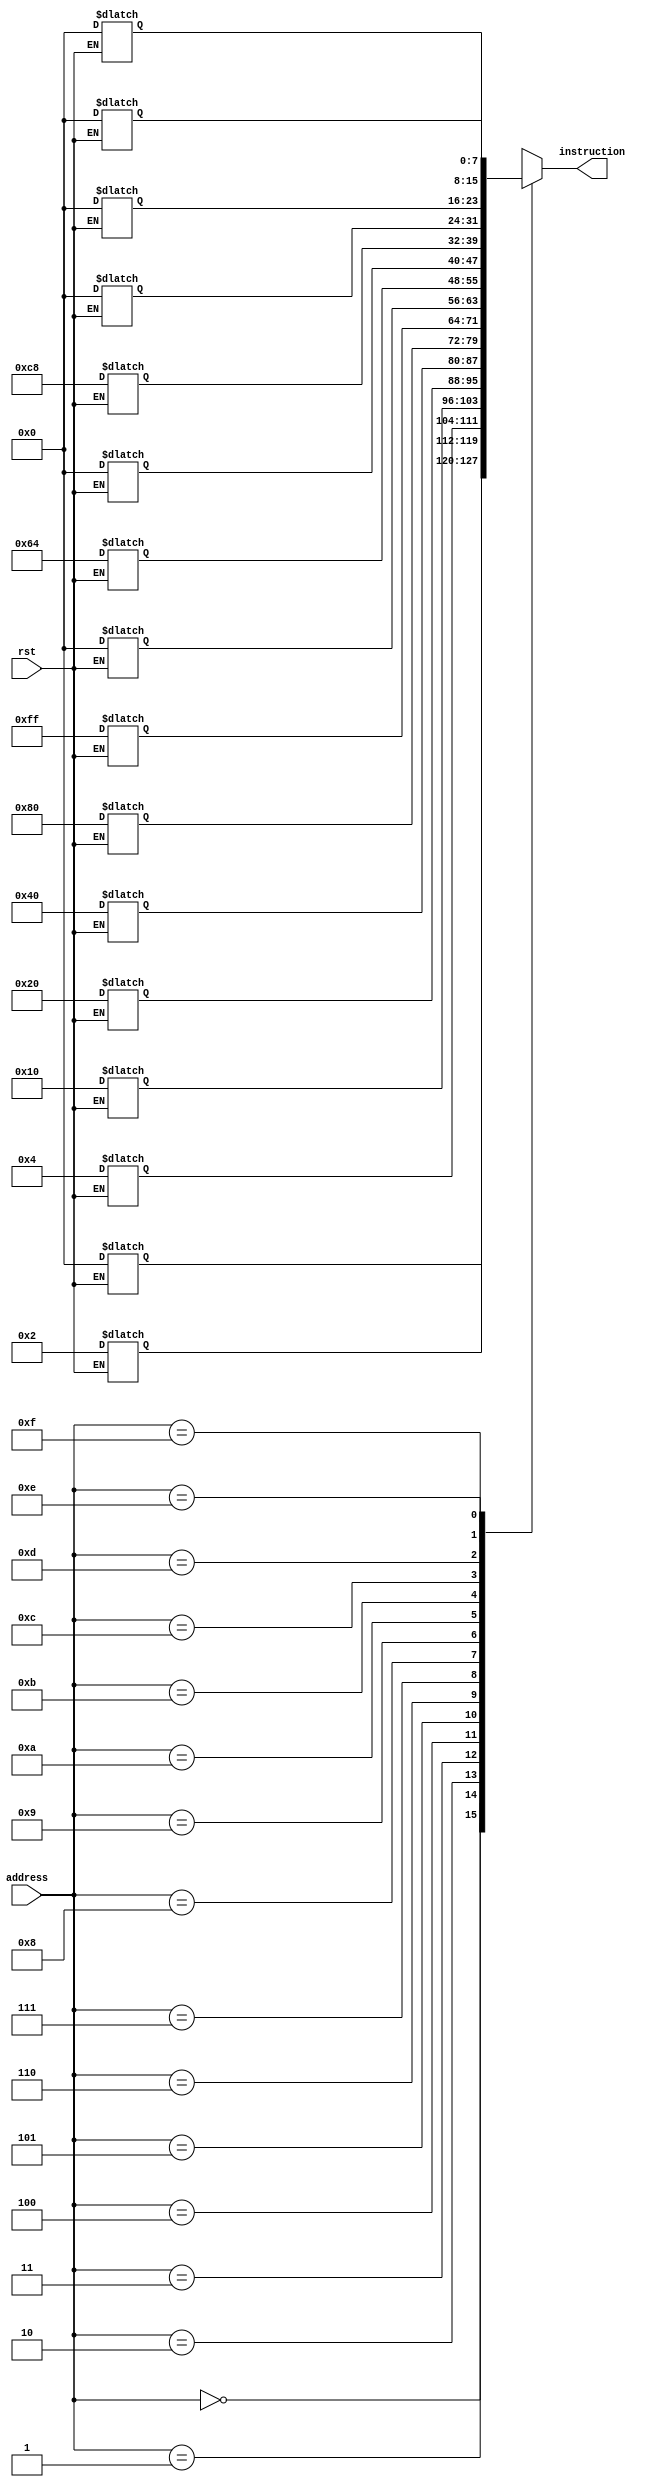
module ins_mem
(
	input [3:0]address,
	input rst,
	output [7:0]instruction
);
	reg[7:0]memory[15:0];
	
	always @(*)
	begin
		if (rst)
			begin
	
				memory[0] <= 0;
				memory[1] <= 2;
				memory[2] <= 4;
				memory[3] <= 16;
				memory[4] <= 32;
				memory[5] <= 64;
				memory[6] <= 128;
				memory[7] <= 255;
				memory[8] <= 0;
				memory[9] <= 100;
				memory[10] <= 0;
				memory[11] <= 200;
				memory[12] <= 0;
				memory[13] <= 0;
				memory[14] <= 0;
				memory[15] <= 0;
			end
	end
	
	assign instruction = memory[address] ;
endmodule

module test_im ();
reg [3:0]address;
reg rst;
wire [7:0]instruction;

ins_mem obj(address,rst,instruction);
initial
begin
#30 rst = 1;address = 5;
#30 address = 6;
end
endmodule